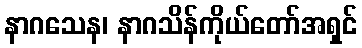
နာဂသေန၊ နာဂသိန်ကိုယ်တော်အရှင်